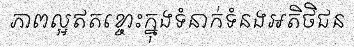
ភាពល្អឥតខ្ចោះក្នុងទំនាក់ទំនងអតិថិជន